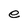
Character: e